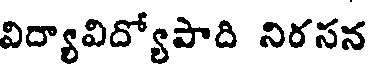
విద్యావిద్యోపాది నిరసన